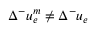
\Delta ^ { - } u _ { e } ^ { m } \ne \Delta ^ { - } u _ { e }